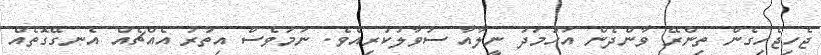
ޖެހިޖެހިގެން ތިންރޭ ވާންދެން އަހުމަދު ނީލާއާ ސުވާލުކުރިއެވެ. ނަމަވެސް އިތުރު އެއްޗެއް އެނގޭގޮތެއް